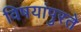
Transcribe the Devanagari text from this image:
विषयांपुरते